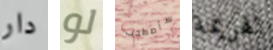
دار لو سأصطحب الهزيمة